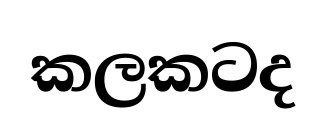
කලකටද